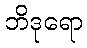
ဘိဒုရော